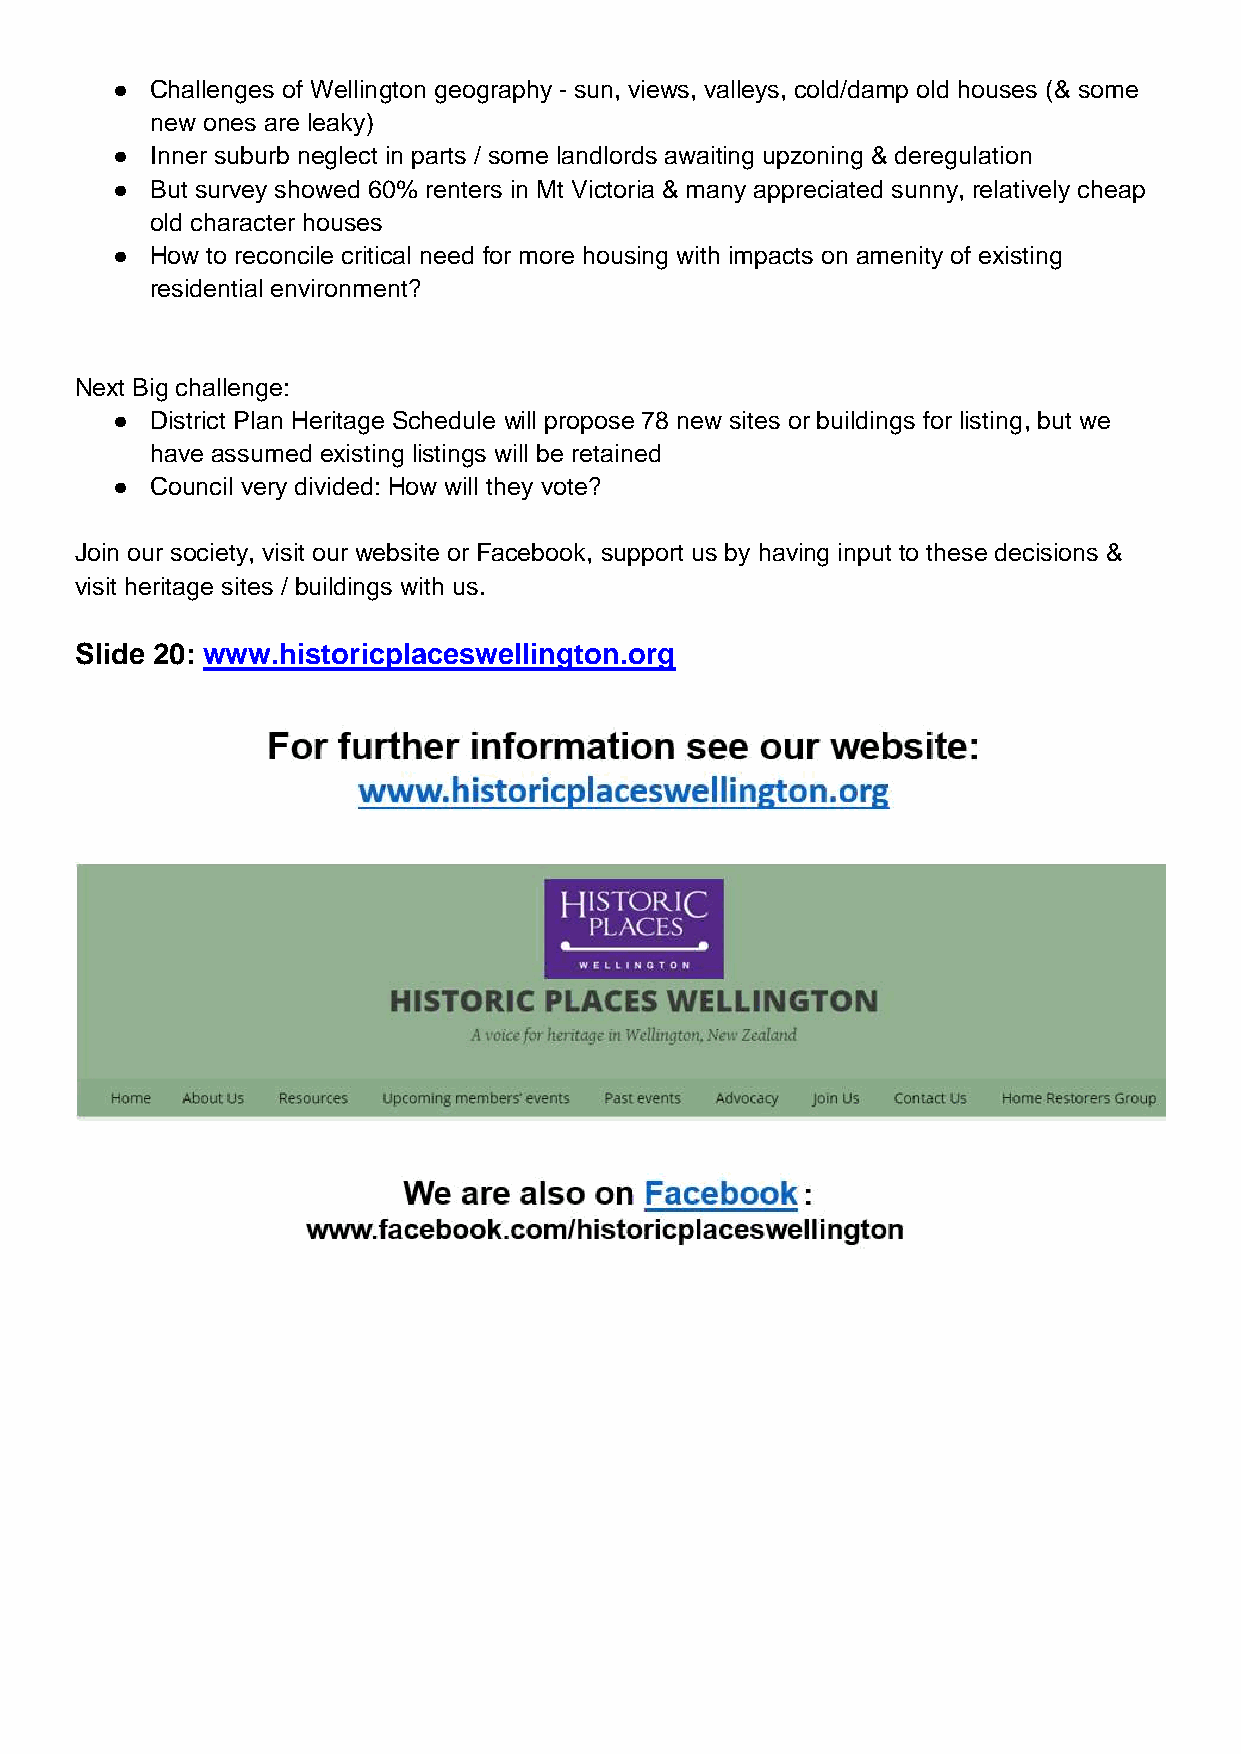
●  Challenges of Wellington geography - sun, views, valleys, cold/damp old houses (& some
 new ones are leaky)
 ●  Inner suburb neglect in parts / some landlords awaiting upzoning & deregulation
 ●  But survey showed 60% renters in Mt Victoria & many appreciated sunny, relatively cheap
 old character houses
 ●  How to reconcile critical need for more housing with impacts on amenity of existing
 residential environment?
 Next Big challenge:
 ●  District Plan Heritage Schedule will propose 78 new sites or buildings for listing, but we
 have assumed existing listings will be retained
 ●  Council very divided: How will they vote?
 Join our society, visit our website or Facebook, support us by having input to these decisions &
 visit heritage sites / buildings with us.
 Slide 20: www.historicplaceswellington.org